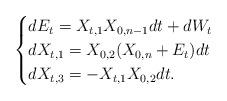
LaTeX: \begin{align*} \begin{cases}dE_t = X_{t,1}X_{0,n-1}dt + dW_t \\dX_{t,1} = X_{0,2}(X_{0,n} + E_t)dt \\ dX_{t,3} = -X_{t,1}X_{0,2}dt.\end{cases}\end{align*}